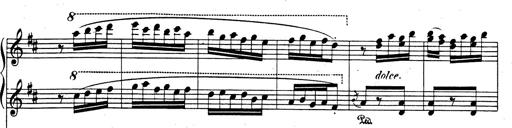
Title: Rhapsodie espagnole
Composer: Franz Liszt